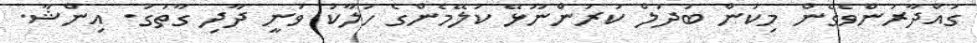
ގައްދާރުންވެގެން މިކަން ބަދަލް ކުރަންނޫޅޭ ކަލޭމެންގެ ހަލާކު ވަނީ ދާދި ގާތުގަ. އިންޝާ.